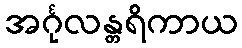
အင်္ဂုလန္တရိကာယ